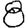
Digit: 8